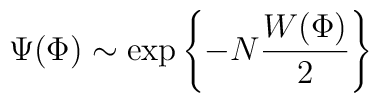
\Psi(\Phi) \sim \exp \left\{ - N \frac{W(\Phi)}{2} \right\}